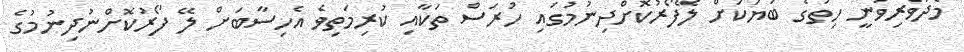
މެދުވެރިވަނީ ހިތުގެ ބަޔަކަށް ލޭފޯރުކޮށްދިނުމުގައި ހުރަސް ތަކާއި ކުރިމަތިވެ އެހިސާބަށް ލޭ ފޯރުކޮށްނުދިނުމުގެ